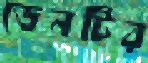
ডেনটির